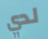
لدي